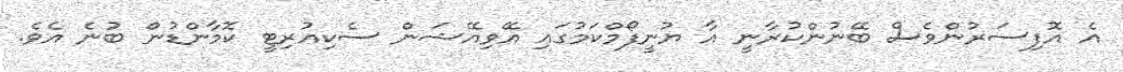
އެ އޮފިސަރުންވެސް ބޭނުންކުރާނީ އާ ޔުނީފޯމްކަމުގައި އޭވިއޭޝަން ސެކިއުރިޓީ ކޮމާންޑުން ބުނެ އެވެ.